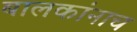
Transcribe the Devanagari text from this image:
बालकांनाच